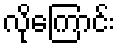
လိုကြောင်း